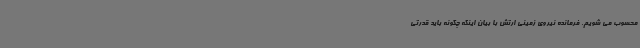
محسوب می شویم. فرمانده نیروی زمینی ارتش با بیان اینکه چگونه باید قدرتی